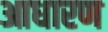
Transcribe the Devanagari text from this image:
आधारण